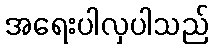
အရေးပါလှပါသည်